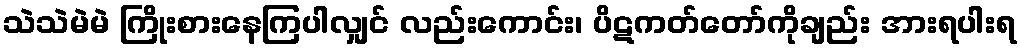
သဲသဲမဲမဲ ကြိုးစားနေကြပါလျှင် လည်းကောင်း၊ ပိဋကတ်တော်ကိုချည်း အားရပါးရ